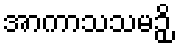
အာကာသသမဉှိ